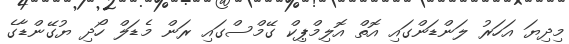
މިދިޔަ އަހަރު ލަންޑަންގައި އޮތް އޮލިމްޕިކް ގޭމްސްގައި ރަން މެޑަލް ހޯދި ޔުގޭންޑާގެ